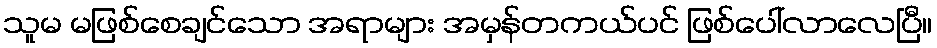
သူမ မဖြစ်စေချင်သော အရာများ အမှန်တကယ်ပင် ဖြစ်ပေါ်လာလေပြီ။